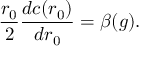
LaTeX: \frac { r _ { 0 } } { 2 } \frac { d c ( r _ { 0 } ) } { d { r _ { 0 } } } = \beta ( g ) .